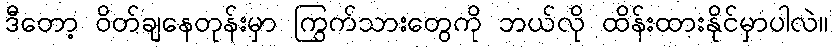
ဒီတော့ ဝိတ်ချနေတုန်းမှာ ကြွက်သားတွေကို ဘယ်လို ထိန်းထားနိုင်မှာပါလဲ။